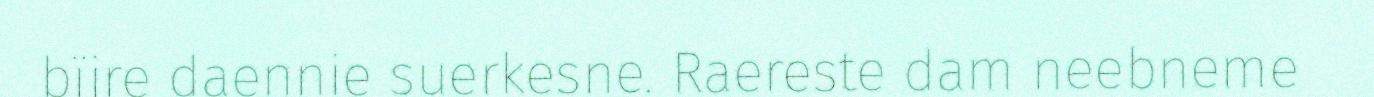
bïjre daennie suerkesne. Raereste dam neebneme